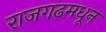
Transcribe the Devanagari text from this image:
राजगढमधून